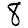
Digit: 8